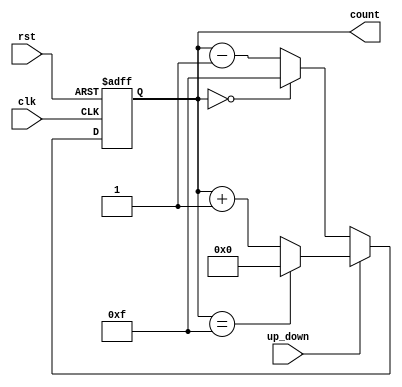
module up_down_counter (
    input wire clk,          // Clock input
    input wire rst,          // Asynchronous reset
    input wire up_down,     // Control signal for counting direction (1 for up, 0 for down)
    output reg [3:0] count  // 4-bit output count
);

    // Maximum value for a 4-bit counter
    localparam MAX_COUNT = 4'b1111;  // 15 in decimal

    always @(posedge clk or posedge rst) begin
        if (rst) begin
            count <= 4'b0000;    // Reset count to zero
        end else begin
            if (up_down) begin
                // Count Up
                if (count == MAX_COUNT) begin
                    count <= 4'b0000;  // Wrap around to zero
                end else begin
                    count <= count + 1; // Increment the count
                end
            end else begin
                // Count Down
                if (count == 4'b0000) begin
                    count <= MAX_COUNT; // Wrap around to maximum value
                end else begin
                    count <= count - 1; // Decrement the count
                end
            end
        end
    end

endmodule